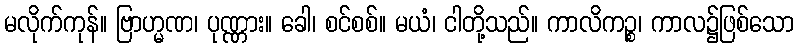
မလိုက်ကုန်။ ဗြာဟ္မဏ၊ ပုဏ္ဏား။ ခေါ၊ စင်စစ်။ မယံ၊ ငါတို့သည်။ ကာလိကဉ္စ၊ ကာလ၌ဖြစ်သော